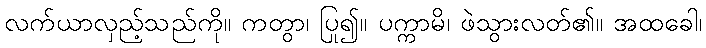
လက်ယာလှည့်သည်ကို။ ကတွာ၊ ပြု၍။ ပက္ကာမိ၊ ဖဲသွားလတ်၏။ အထခေါ၊